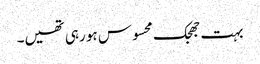
بہت جھجک محسوس ہو رہی تھیں۔